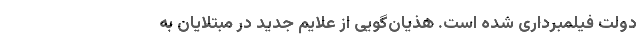
دولت فیلمبرداری شده است. هذیان‌گویی از علایم جدید در مبتلایان به